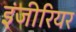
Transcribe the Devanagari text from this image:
इंजीरियर